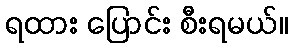
ရထား ပြောင်း စီးရမယ်။